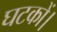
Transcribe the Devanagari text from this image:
घटकों।